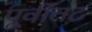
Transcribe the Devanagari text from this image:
पूर्वीतट